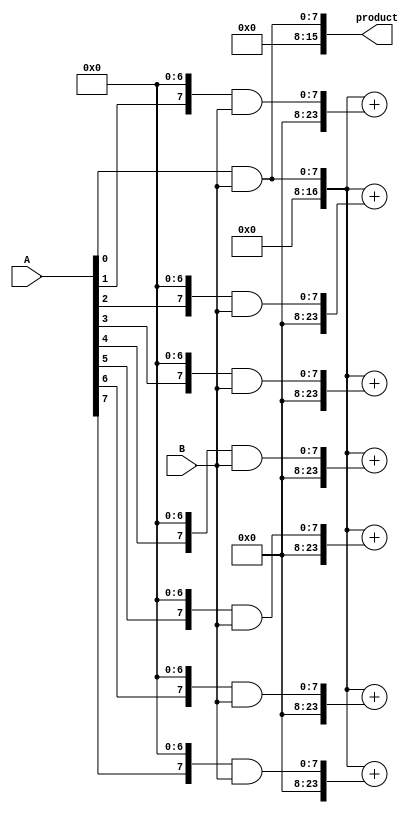
module baugh_wooley_multiplier(
    input wire signed [7:0] A,
    input wire signed [7:0] B,
    output wire signed [15:0] product
);

wire [15:0] partial_products [7:0];
wire signed [16:0] accumulator;

assign partial_products[0] = A[0] & B;
assign accumulator = {8'b0, partial_products[0]};

genvar i;
generate
    for (i = 1; i < 8; i = i + 1) begin
        assign partial_products[i] = {A[i], 7'b0} & B;
        assign accumulator = accumulator + {8'b0, partial_products[i]};
    end
endgenerate

assign product = accumulator[15:0];

endmodule